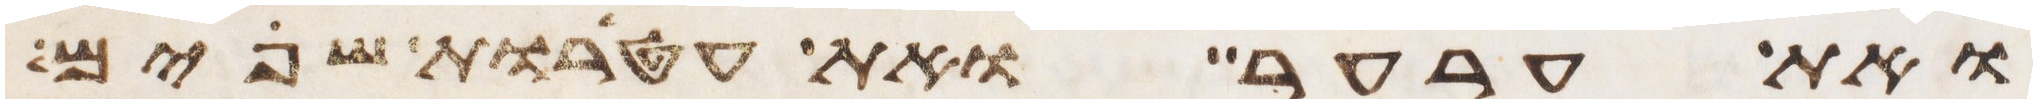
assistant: ואת ערער ואת עטרות שפים